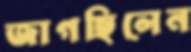
জাগছিলেন